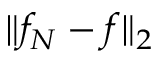
\| f _ { N } - f \| _ { 2 }